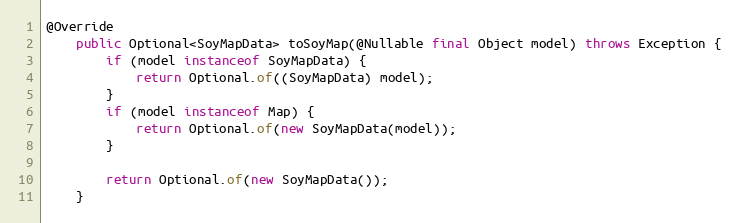
Language: Java
@Override
    public Optional<SoyMapData> toSoyMap(@Nullable final Object model) throws Exception {
        if (model instanceof SoyMapData) {
            return Optional.of((SoyMapData) model);
        }
        if (model instanceof Map) {
            return Optional.of(new SoyMapData(model));
        }

        return Optional.of(new SoyMapData());
    }